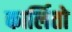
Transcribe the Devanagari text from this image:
कार्लितो